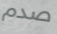
صدم